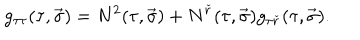
LaTeX: g _ { \tau \tau } ( \tau , \vec { \sigma } ) = N ^ { 2 } ( \tau , \vec { \sigma } ) + N ^ { \check { r } } ( \tau , \vec { \sigma } ) g _ { \tau \check { r } } ( \tau , \vec { \sigma } ) .